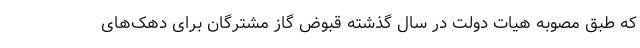
که طبق مصوبه هیات دولت در سال گذشته قبوض گاز مشترگان برای دهک‌های